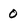
Character: 0